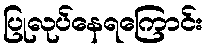
ပြုလုပ်နေရကြောင်း